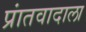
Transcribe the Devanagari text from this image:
प्रांतवादाला